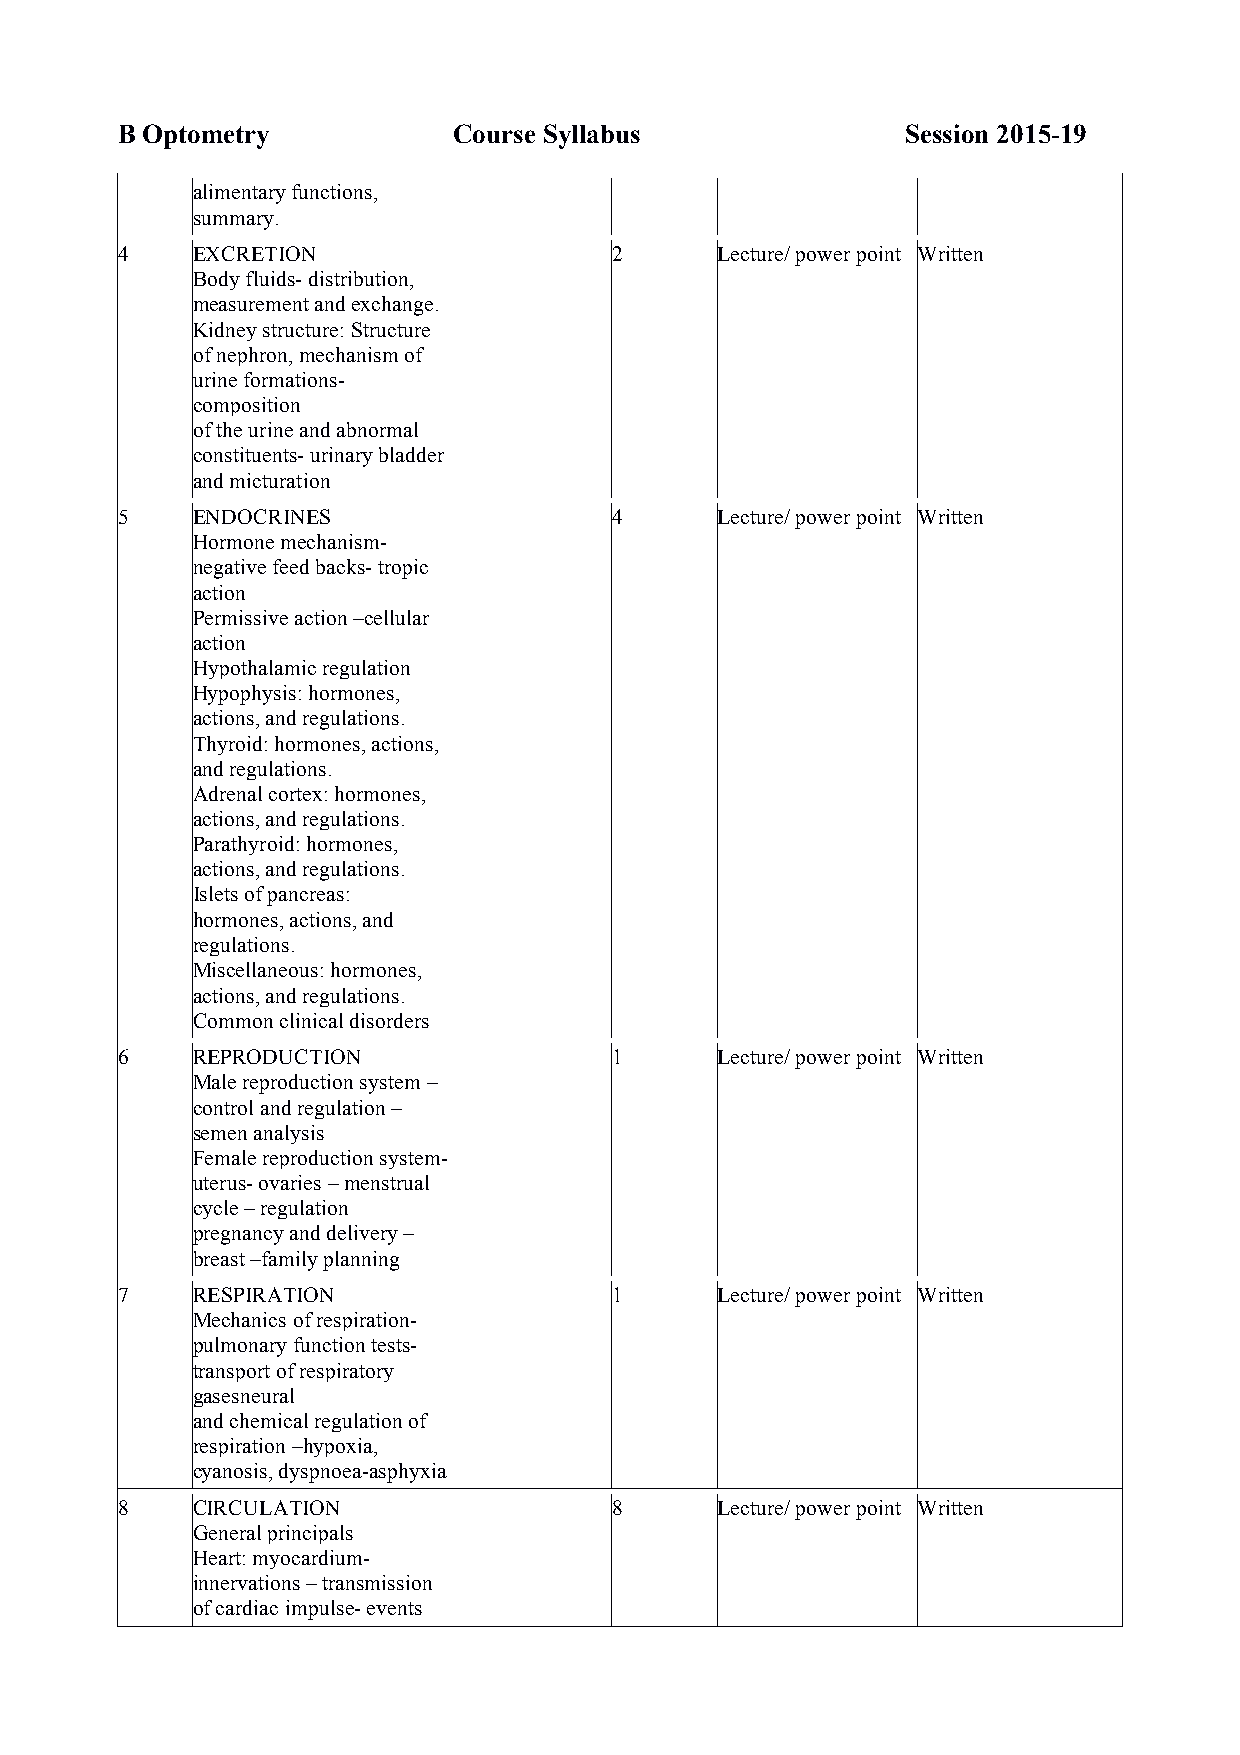
B Optometry           Course Syllabus               Session 2015-19
 alimentary functions,
 summary.
 4    EXCRETION                  2      Lecture/ power point Written
 Body fluids- distribution,
 measurement and exchange.
 Kidney structure: Structure
 of nephron, mechanism of
 urine formations-
 composition
 of the urine and abnormal
 constituents- urinary bladder
 and micturation
 5    ENDOCRINES                 4      Lecture/ power point Written
 Hormone mechanism-
 negative feed backs- tropic
 action
 Permissive action –cellular
 action
 Hypothalamic regulation
 Hypophysis: hormones,
 actions, and regulations.
 Thyroid: hormones, actions,
 and regulations.
 Adrenal cortex: hormones,
 actions, and regulations.
 Parathyroid: hormones,
 actions, and regulations.
 Islets of pancreas:
 hormones, actions, and
 regulations.
 Miscellaneous: hormones,
 actions, and regulations.
 Common clinical disorders
 6    REPRODUCTION               1      Lecture/ power point Written
 Male reproduction system –
 control and regulation –
 semen analysis
 Female reproduction system-
 uterus- ovaries – menstrual
 cycle – regulation
 pregnancy and delivery –
 breast –family planning
 7    RESPIRATION                1      Lecture/ power point Written
 Mechanics of respiration-
 pulmonary function tests-
 transport of respiratory
 gasesneural
 and chemical regulation of
 respiration –hypoxia,
 cyanosis, dyspnoea-asphyxia
 8    CIRCULATION                8      Lecture/ power point Written
 General principals
 Heart: myocardium-
 innervations – transmission
 of cardiac impulse- events